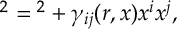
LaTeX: \d s ^ { 2 } = \d r ^ { 2 } + \gamma _ { i j } ( r , x ) \d x ^ { i } \d x ^ { j } ,